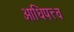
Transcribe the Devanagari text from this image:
आधिपत्त्व